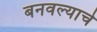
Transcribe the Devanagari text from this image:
बनवल्याचे